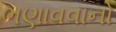
ભણાવવાનો